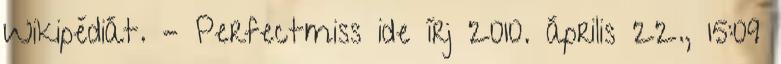
Wikipédiát. – Perfectmiss ide írj 2010. április 22., 15:09